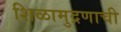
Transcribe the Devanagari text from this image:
शिळामुद्रणाची